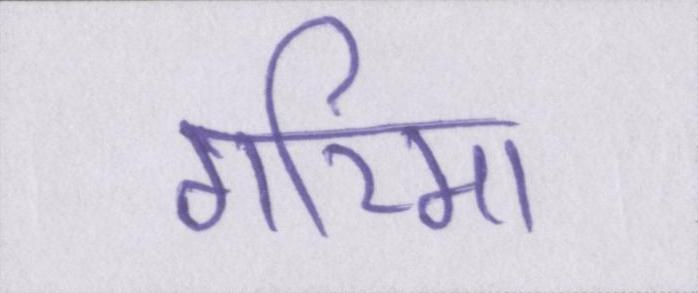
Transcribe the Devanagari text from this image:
गरिमा